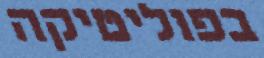
בפוליטיקה